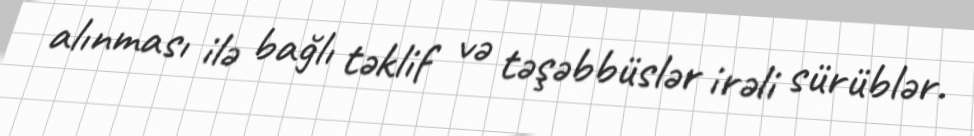
alınması ilə bağlı təklif və təşəbbüslər irəli sürüblər.